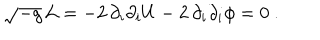
LaTeX: \sqrt { - g } \, { \cal L } = - 2 \, \partial _ { i } \partial _ { i } U - 2 \, \partial _ { i } \partial _ { i } \phi = 0 \ .